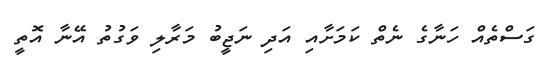
ގަސްތެއް ހަނާގެ ނެތް ކަމަށާއި އަދި ނަޖީބު މަރާލި ވަގުތު އޭނާ އޮތީ